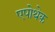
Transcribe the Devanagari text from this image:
एपोथेक